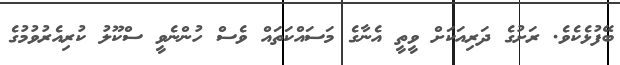
ބޭފުޅެކެވެ. ރަށުގެ ދަރިއަކަށް ވީތީ އެނާގެ މަސައްކަތައް ވެސް ހުންނެވީ ސްކޫލު ކުރިއެރުވުމުގެ